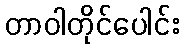
တာဝါတိုင်ပေါင်း